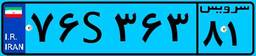
۸۶S۹۵۵۶۶